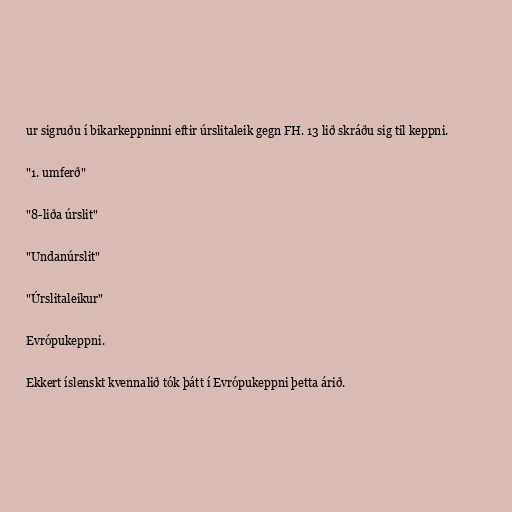
ur sigruðu í bikarkeppninni eftir úrslitaleik gegn FH. 13 lið skráðu sig til keppni.

"1. umferð"

"8-liða úrslit"

"Undanúrslit"

"Úrslitaleikur"

Evrópukeppni.

Ekkert íslenskt kvennalið tók þátt í Evrópukeppni þetta árið.